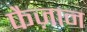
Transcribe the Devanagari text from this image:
फैज़ान